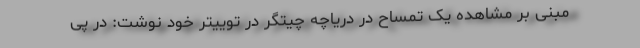
مبنی بر مشاهده یک تمساح در دریاچه چیتگر در توییتر خود نوشت: در پی